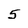
Character: 5